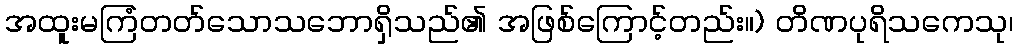
အထူးမကြံတတ်သောသဘောရှိသည်၏ အဖြစ်ကြောင့်တည်း။) တိဏပုရိသကေသု၊